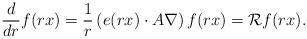
LaTeX: \begin{align*}\frac{d}{dr}f(rx)=\frac{1}{r}\left(e(rx)\cdot A\nabla\right)f(rx)=\mathcal{R} f(rx).\end{align*}